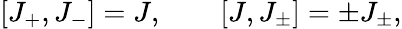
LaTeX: [J_{+},J_{-}]=J,\qquad[J,J_{\pm}]=\pm J_{\pm},